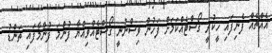
އެއްޗެއް ފެނިފައި ހީކުރީ ގޯސްޓެއްކަމަށް ފަހުން ވިސްނުނީ ގޯސްޓެއްވިއްޔާ ފުންމަ ފުންމާފައި ތަންޑު